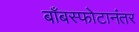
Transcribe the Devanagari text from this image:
बाँबस्फोटानंतर